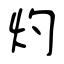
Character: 灼